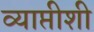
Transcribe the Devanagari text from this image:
व्याप्तीशी